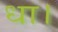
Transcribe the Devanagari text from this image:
धा।